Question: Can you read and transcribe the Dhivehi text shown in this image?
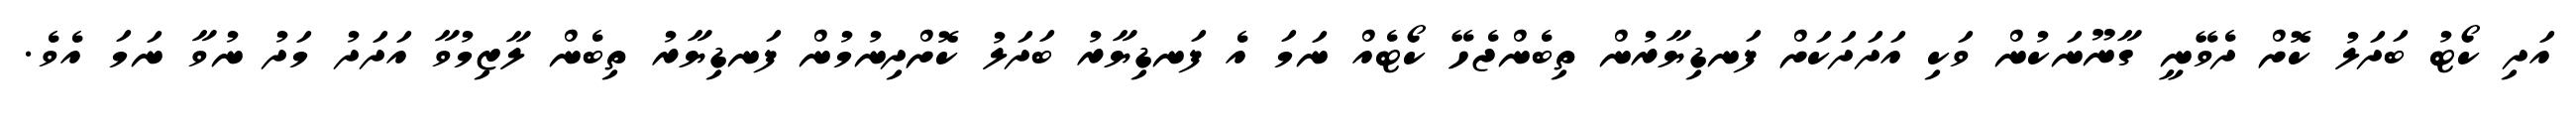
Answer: އަދި ކޯޓު ބަދަލު ކޮށް ދެވޭނީ ގާނޫނަކުން ވަކި އަދަދަކަށް ފަނޑިޔާރުން ތިބެންޖެހޭ ކޯޓެއް ނަމަ އެ ފަނޑިޔާރު ބަދަލު ކޮށްދިނުމުން ފަނޑިޔާރު ތިބެން ލާޒިމުވާ އަދަދު މަދު ނުވާ ނަމަ އެވެ.